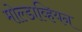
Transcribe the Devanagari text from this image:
मोल्डाव्हियन